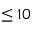
\leq 1 0